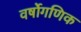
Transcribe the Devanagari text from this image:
वर्षोगणिक